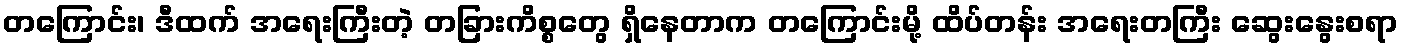
တကြောင်း၊ ဒီထက် အရေးကြီးတဲ့ တခြားကိစ္စတွေ ရှိနေတာက တကြောင်းမို့ ထိပ်တန်း အရေးတကြီး ဆွေးနွေးစရာ